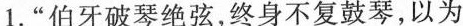
1.”伯牙破琴绝弦，终身不复鼓琴，以为